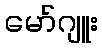
မော်ဂျူး